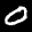
Label: 0